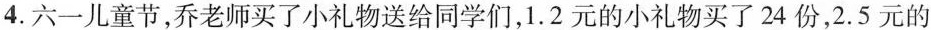
4.六一儿童节，乔老师买了小礼物送给同学们，1.2元的小礼物买了24份，2.5元的